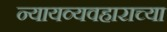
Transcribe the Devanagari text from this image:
न्यायव्यवहाराच्या